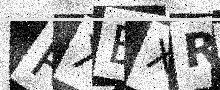
Text: RXBXR0